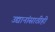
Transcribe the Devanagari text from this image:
उद्यानांसाठीही